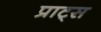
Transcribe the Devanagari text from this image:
प्राट्स